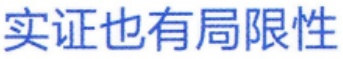
实证也有局限性